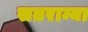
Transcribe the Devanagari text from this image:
सतराम्या